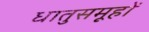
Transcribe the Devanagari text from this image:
धातुसमूहों